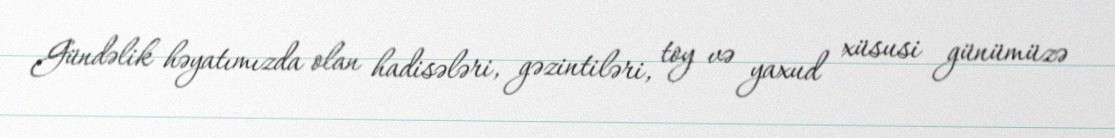
Gündəlik həyatımızda olan hadisələri, gəzintiləri, toy və yaxud xüsusi günümüzə